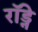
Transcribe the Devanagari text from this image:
राॅड्ने